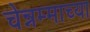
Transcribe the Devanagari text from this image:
चेन्नम्माच्या